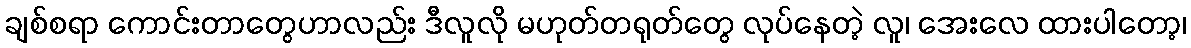
ချစ်စရာ ကောင်းတာတွေဟာလည်း ဒီလူလို မဟုတ်တရုတ်တွေ လုပ်နေတဲ့ လူ၊ အေးလေ ထားပါတော့၊